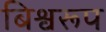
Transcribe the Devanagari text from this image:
बिश्वरूप